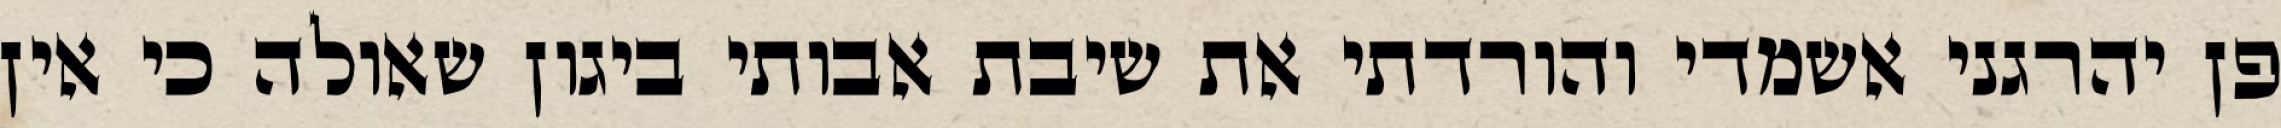
פן יהרגני אשמדי והורדתי את שיבת אבותי ביגון שאולה כי אין